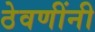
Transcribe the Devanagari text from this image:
ठेवणींनी